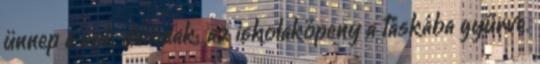
ünnep a sok diáknak; az iskolaköpeny a táskába gyűrve.